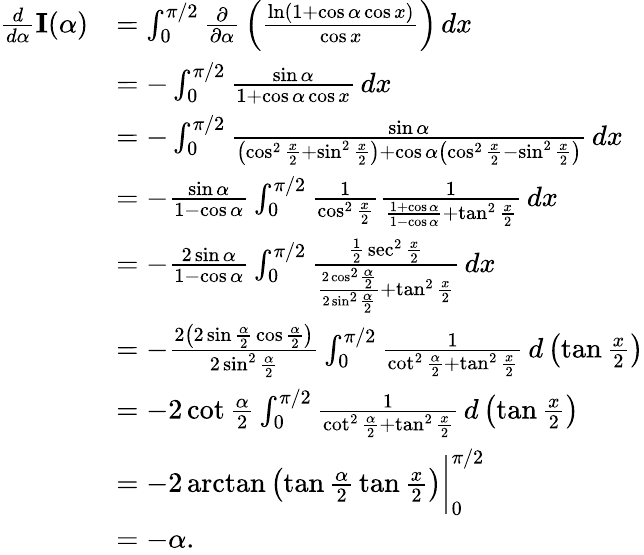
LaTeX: {\begin{array}{rl}{{\frac{d}{d\alpha}}\mathbf{I}(\alpha)}&{=\int_{0}^{\pi/2}{\frac{\partial}{\partial\alpha}}\left({\frac{\ln(1+\cos\alpha\cos x)}{\cos x}}\right)\, dx}\\ &{=-\int_{0}^{\pi/2}{\frac{\sin\alpha}{1+\cos\alpha\cos x}}\, dx}\\ &{=-\int_{0}^{\pi/2}{\frac{\sin\alpha}{\left(\cos^{2}{\frac{x}{2}}+\sin^{2}{\frac{x}{2}}\right)+\cos\alpha\left(\cos^{2}{\frac{x}{2}}-\sin^{2}{\frac{x}{2}}\right)}}\, dx}\\ &{=-{\frac{\sin\alpha}{1-\cos\alpha}}\int_{0}^{\pi/2}{\frac{1}{\cos^{2}{\frac{x}{2}}}}{\frac{1}{{\frac{1+\cos\alpha}{1-\cos\alpha}}+\tan^{2}{\frac{x}{2}}}}\, dx}\\ &{=-{\frac{2\sin\alpha}{1-\cos\alpha}}\int_{0}^{\pi/2}{\frac{{\frac{1}{2}}\sec^{2}{\frac{x}{2}}}{{\frac{2\cos^{2}{\frac{\alpha}{2}}}{2\sin^{2}{\frac{\alpha}{2}}}}+\tan^{2}{\frac{x}{2}}}}\, dx}\\ &{=-{\frac{2\left(2\sin{\frac{\alpha}{2}}\cos{\frac{\alpha}{2}}\right)}{2\sin^{2}{\frac{\alpha}{2}}}}\int_{0}^{\pi/2}{\frac{1}{\cot^{2}{\frac{\alpha}{2}}+\tan^{2}{\frac{x}{2}}}}\, d\left(\tan{\frac{x}{2}}\right)}\\ &{=-2\cot{\frac{\alpha}{2}}\int_{0}^{\pi/2}{\frac{1}{\cot^{2}{\frac{\alpha}{2}}+\tan^{2}{\frac{x}{2}}}}\, d\left(\tan{\frac{x}{2}}\right)}\\ &{=-2\arctan\left(\tan{\frac{\alpha}{2}}\tan{\frac{x}{2}}\right){\bigg|}_{0}^{\pi/2}}\\ &{=-\alpha.}\end{array}}